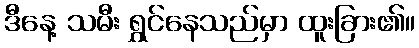
ဒီနေ့ သမီး ရွှင်နေသည်မှာ ထူးခြား၏။